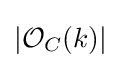
|{\mathcal {O}}_{C}(k)|